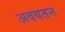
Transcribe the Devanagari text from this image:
अवयतन